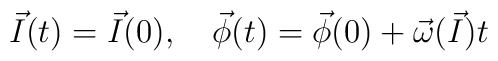
{\vec I}(t)={\vec I}(0), \quad {\vec\phi}(t)={\vec\phi}(0)+{\vec\omega}({\vec I})t